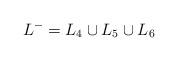
LaTeX: \begin{align*}L^{-} & = L_{4}\cup L_{5}\cup L_{6}\end{align*}